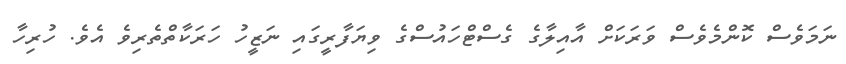
ނަމަވެސް ކޮންމެވެސް ވަރަކަށް އާއިލާގެ ގެސްޓްހައުސްގެ ވިޔަފާރީގައި ނަޒީހު ހަރަކާތްތެރިވެ އެވެ. ހުރިހާ